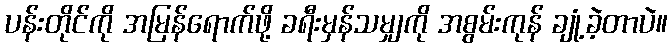
ပန်းတိုင်ကို အမြန်ရောက်ဖို့ ခရီးမှန်သမျှကို အစွမ်းကုန် ချုံ့ခဲ့တာပဲ။